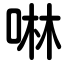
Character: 啉